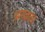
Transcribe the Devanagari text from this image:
आयकार